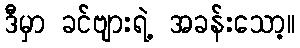
ဒီမှာ ခင်ဗျားရဲ့ အခန်းသော့။